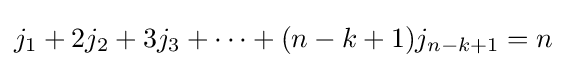
j_{1}+2j_{2}+3j_{3}+\cdots +(n-k+1)j_{n-k+1}=n